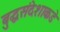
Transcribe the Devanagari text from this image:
बुद्धसंदेशाकडे